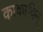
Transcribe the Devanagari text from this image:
काकाविन्